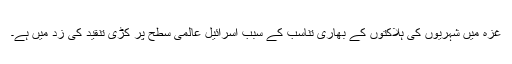
غزہ ميں شہريوں کی ہلاکتوں کے بھاری تناسب کے سبب اسرائيل عالمی سطح پر کڑی تنقيد کی زد ميں ہے۔